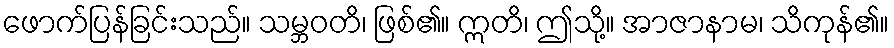
ဖောက်ပြန်ခြင်းသည်။ သမ္ဘဝတိ၊ ဖြစ်၏။ ဣတိ၊ ဤသို့။ အာဇာနာမ၊ သိကုန်၏။